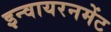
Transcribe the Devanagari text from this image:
इन्वायरनमेंट